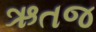
ઋતજ